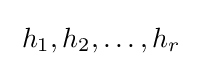
\;h_{1},h_{2},\ldots ,h_{r}\;